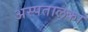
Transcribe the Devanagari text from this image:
अस्पतालका